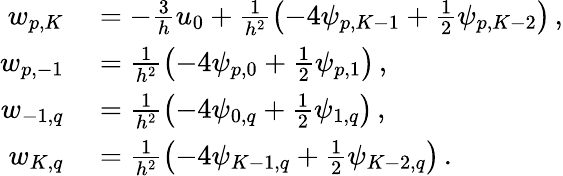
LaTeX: \begin{array}{rl}{w_{p,K}}&{{}=-\frac{3}{h}u_{0}+\frac{1}{h^{2}}\left(-4\psi_{p,K-1}+\frac{1}{2}\psi_{p,K-2}\right)\, ,}\\ {w_{p,-1}}&{{}=\frac{1}{h^{2}}\left(-4\psi_{p,0}+\frac{1}{2}\psi_{p,1}\right)\, ,}\\ {w_{-1,q}}&{{}=\frac{1}{h^{2}}\left(-4\psi_{0,q}+\frac{1}{2}\psi_{1,q}\right)\, ,}\\ {w_{K,q}}&{{}=\frac{1}{h^{2}}\left(-4\psi_{K-1,q}+\frac{1}{2}\psi_{K-2,q}\right)\, .}\end{array}